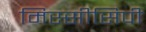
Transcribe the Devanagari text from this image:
मिस्सीसिपी